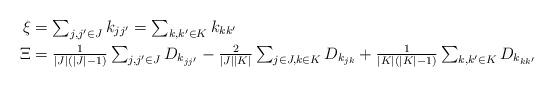
LaTeX: \begin{align*}\xi & = \textstyle\sum_{j,j' \in J} k_{jj'} = \textstyle\sum_{k,k' \in K} k_{kk'}\\\Xi & = \textstyle\frac{1}{|J|(|J|-1)} \sum_{j,j' \in J} D_{k_{jj'}} \textstyle- \frac{2}{|J||K|} \sum_{j \in J, k \in K} D_{k_{jk}}+ \frac{1}{|K|(|K|-1)} \sum_{k,k' \in K} D_{k_{kk'}}\end{align*}